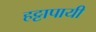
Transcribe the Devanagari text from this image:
हट्टापायी